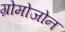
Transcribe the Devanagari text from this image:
ग्रोमोजोन